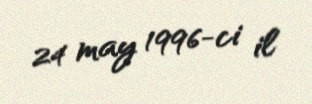
24 may 1996-ci il